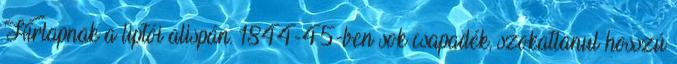
Hírlapnak a liptói alispán. 1844-45-ben sok csapadék, szokatlanul hosszú